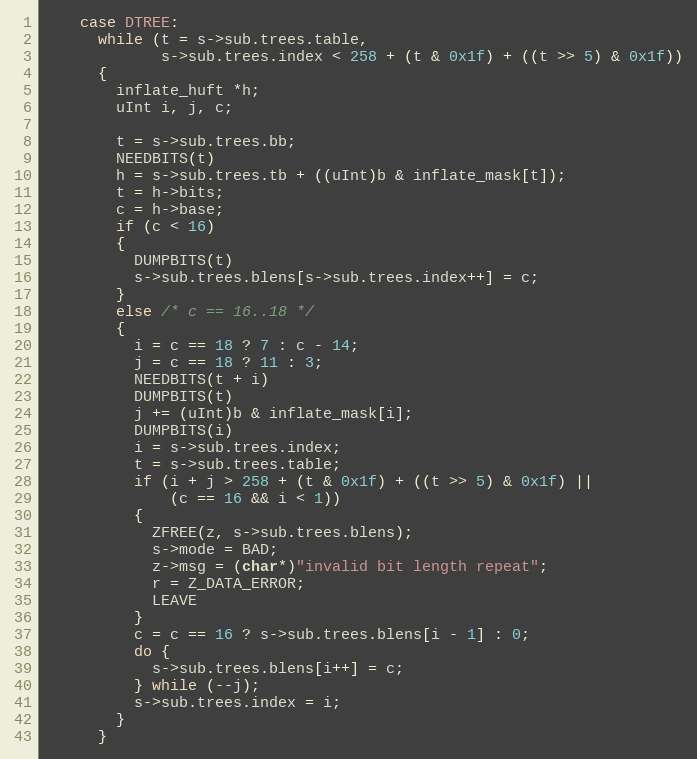
Language: C
    case DTREE:
      while (t = s->sub.trees.table,
             s->sub.trees.index < 258 + (t & 0x1f) + ((t >> 5) & 0x1f))
      {
        inflate_huft *h;
        uInt i, j, c;

        t = s->sub.trees.bb;
        NEEDBITS(t)
        h = s->sub.trees.tb + ((uInt)b & inflate_mask[t]);
        t = h->bits;
        c = h->base;
        if (c < 16)
        {
          DUMPBITS(t)
          s->sub.trees.blens[s->sub.trees.index++] = c;
        }
        else /* c == 16..18 */
        {
          i = c == 18 ? 7 : c - 14;
          j = c == 18 ? 11 : 3;
          NEEDBITS(t + i)
          DUMPBITS(t)
          j += (uInt)b & inflate_mask[i];
          DUMPBITS(i)
          i = s->sub.trees.index;
          t = s->sub.trees.table;
          if (i + j > 258 + (t & 0x1f) + ((t >> 5) & 0x1f) ||
              (c == 16 && i < 1))
          {
            ZFREE(z, s->sub.trees.blens);
            s->mode = BAD;
            z->msg = (char*)"invalid bit length repeat";
            r = Z_DATA_ERROR;
            LEAVE
          }
          c = c == 16 ? s->sub.trees.blens[i - 1] : 0;
          do {
            s->sub.trees.blens[i++] = c;
          } while (--j);
          s->sub.trees.index = i;
        }
      }